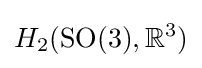
H_{2}(\operatorname {SO} (3),\mathbb {R} ^{3})